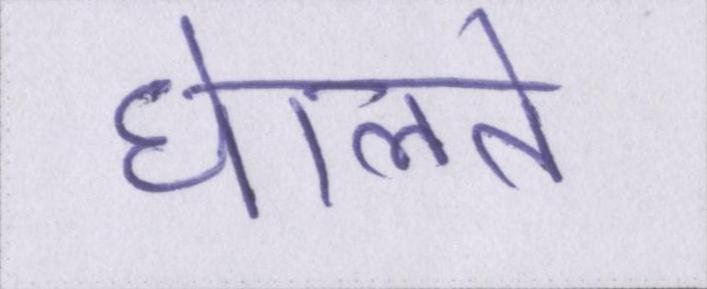
घेालते